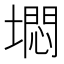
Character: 𱗹